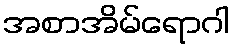
အစာအိမ်ရောဂါ